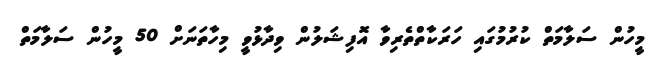
މީހުން ސަލާމަތް ކުރުމުގައި ހަރަކާތްތެރިވާ އޮފިޝަލުން ވިދާޅުވީ މިހާތަނަށް 50 މީހުން ސަލާމަތް